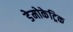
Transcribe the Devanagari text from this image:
डेमोकेट्रिक